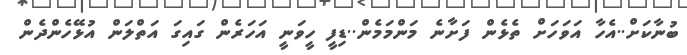
ބުނާކަށް..އެހާ އަވަހަށް ތެޅެން ފަށާނެ މަންމަމެން..ޑިފީ ހީވަނީ އަހަރެން ގައިގަ އަތްލަން އުޅޭހެންދެން